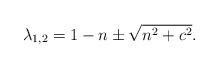
LaTeX: \begin{align*}\lambda_{1,2}=1-n\pm\sqrt{n^2+c^2}.\end{align*}